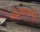
નોઝલની